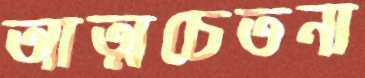
আত্মচেতনা